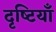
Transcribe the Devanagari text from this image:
दृष्‍टियाँ